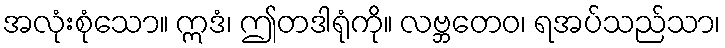
အလုံးစုံသော။ ဣဒံ၊ ဤတဒါရုံကို။ လဗ္ဘတေဝ၊ ရအပ်သည်သာ၊